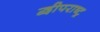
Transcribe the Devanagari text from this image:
द्वीपराष्ट्र